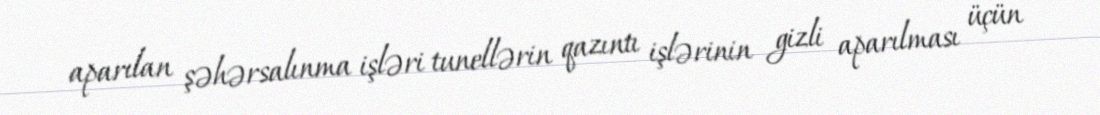
aparılan şəhərsalınma işləri tunellərin qazıntı işlərinin gizli aparılması üçün